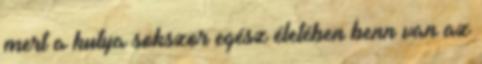
mert a kutya sokszor egész életében benn van az